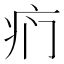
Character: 𱱊